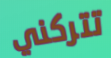
تتركني